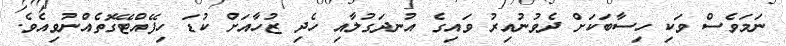
ނަމަވެސް ވަކި ހިސާބަކަށް ދެވުނުއިރު ވައިގެ އުނދަގުލާއި ހެދި ޒުހާއަށް ކުޑަ ހިފޭއްޓޭގޮތެއްނުވިއެވެ.